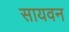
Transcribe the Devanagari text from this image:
सायवन